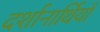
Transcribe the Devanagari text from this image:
दर्शानार्थियों